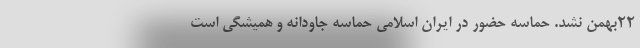
۲۲بهمن نشد. حماسه حضور در ایران اسلامی حماسه جاودانه و همیشگی است